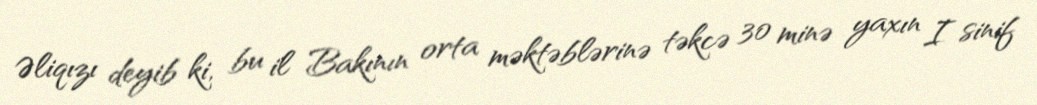
Əliqızı deyib ki, bu il Bakının orta məktəblərinə təkcə 30 minə yaxın I sinif